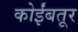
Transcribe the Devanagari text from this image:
कोर्इंबतूर